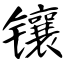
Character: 镶